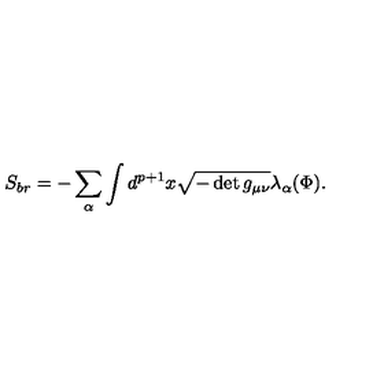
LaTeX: S _ { b r } = - \sum _ { \alpha } \int d ^ { p + 1 } x \sqrt { - \det g _ { \mu \nu } } \lambda _ { \alpha } ( \Phi ) .